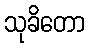
သုခိတော